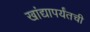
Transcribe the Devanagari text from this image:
खांद्यापर्यंतची